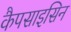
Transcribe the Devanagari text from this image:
कैपसाइसिन